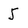
Character: 5